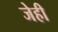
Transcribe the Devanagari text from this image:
जेही